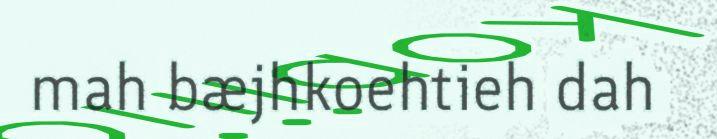
mah bæjhkoehtieh dah